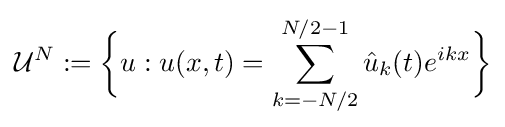
{\mathcal {U}}^{N}:={\biggl \{}u:u(x,t)=\sum _{k=-N/2}^{N/2-1}{\hat {u}}_{k}(t)e^{ikx}{\biggr \}}